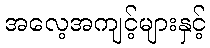
အလေ့အကျင့်များနှင့်